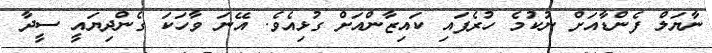
ނާޔަލް ފެންޑާއަށް ނުކުމެ ހުރެފައި ކައިޒާންއަށް ގުޅިއެވެ. އޭނަ ވާހަކަ ގެންދިޔައީ ސީދާ